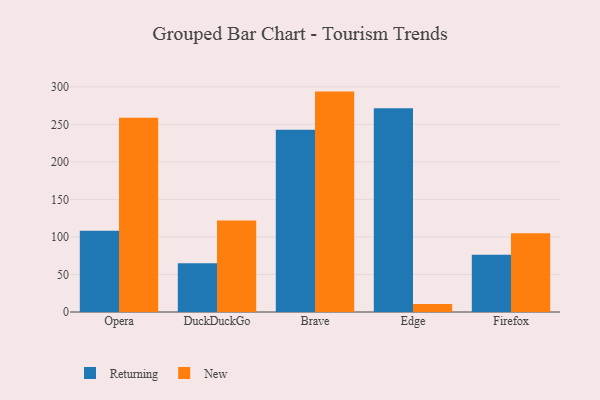
{"axis": {"x": "Browser", "y": "Net Income (USD K)"}, "legend": ["New", "Returning"], "data": [{"x": "Opera", "y": 108.2, "type": "Returning"}, {"x": "Opera", "y": 259.0, "type": "New"}, {"x": "DuckDuckGo", "y": 65.1, "type": "Returning"}, {"x": "DuckDuckGo", "y": 122.0, "type": "New"}, {"x": "Brave", "y": 243.0, "type": "Returning"}, {"x": "Brave", "y": 293.7, "type": "New"}, {"x": "Edge", "y": 271.6, "type": "Returning"}, {"x": "Edge", "y": 10.7, "type": "New"}, {"x": "Firefox", "y": 76.4, "type": "Returning"}, {"x": "Firefox", "y": 105.1, "type": "New"}]}